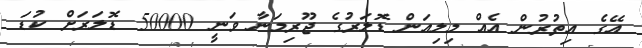
އޭގެ އިތުރުން އެއް މިލިއަން ޑޮލަރުގެ ޖޫރިމަނާ ވަނީ 50000 ޑޮލަރަށް ކުޑަ